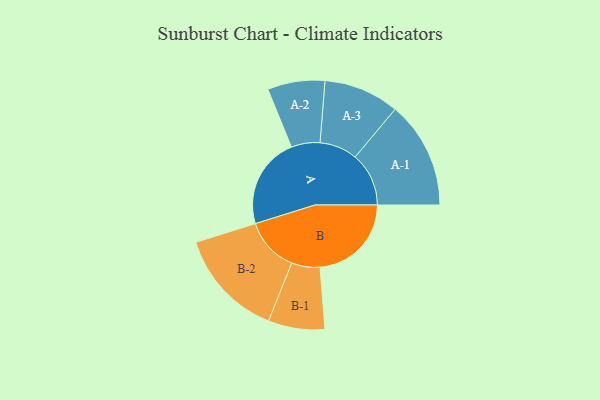
{"axis": {"x": "Segment", "y": "Value"}, "legend": ["", "A", "B"], "data": [{"x": "A", "y": 490, "type": ""}, {"x": "B", "y": 491, "type": ""}, {"x": "A-1", "y": 288, "type": "A"}, {"x": "A-2", "y": 154, "type": "A"}, {"x": "A-3", "y": 203, "type": "A"}, {"x": "B-1", "y": 152, "type": "B"}, {"x": "B-2", "y": 292, "type": "B"}]}